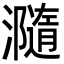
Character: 瀡